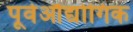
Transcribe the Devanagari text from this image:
पूर्वऔद्योगिक